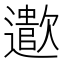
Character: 𬩠